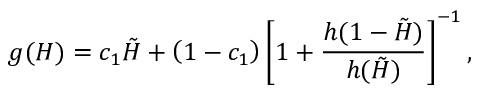
g ( H ) = c _ { 1 } \tilde { H } + \left( 1 - c _ { 1 } \right) \left[ 1 + \frac { h ( 1 - \tilde { H } ) } { h ( \tilde { H } ) } \right] ^ { - 1 } ,